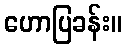
ဟောပြခန်း။